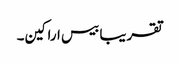
تقریبا بیس اراکین۔